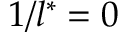
1 / l ^ { * } = 0